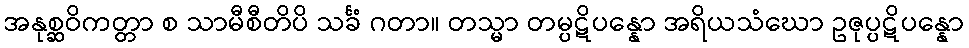
အနုစ္ဆဝိကတ္တာ စ သာမီစီတိပိ သင်္ခံ ဂတာ။ တသ္မာ တမ္ပဋိပန္နော အရိယသံဃော ဥဇုပ္ပဋိပန္နော